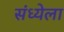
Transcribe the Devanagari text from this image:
संध्येला